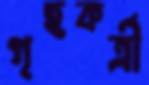
গৃহকর্ত্রী